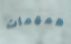
همهمات